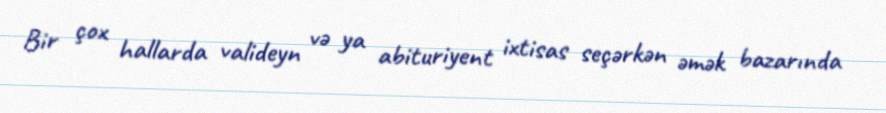
Bir çox hallarda valideyn və ya abituriyent ixtisas seçərkən əmək bazarında